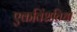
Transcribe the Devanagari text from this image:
एकविंशतिधा